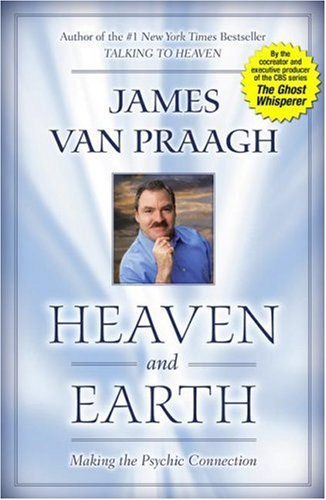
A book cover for Heaven and Earth: Making the Psychic Connection; James Van Praagh; Religion & Spirituality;